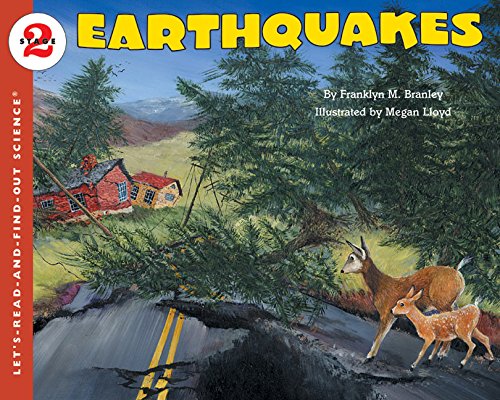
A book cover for Earthquakes (Let's-Read-and-Find-Out Science 2); Franklyn M. Branley; Children's Books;